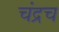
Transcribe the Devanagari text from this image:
चंद्रच